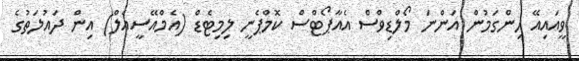
ވީއައިއޭ ހިންގަމުން އަންނަ މޯލްޑިވްސް އެއާޕޯޓްސް ކޮމްޕެނީ ލިމިޓެޑް (އެމްއޭސީއެލް) އިން ދައުލަތުގެ